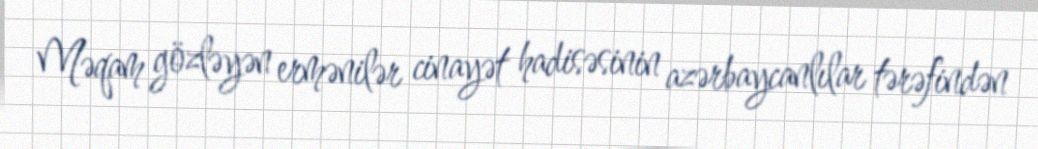
Məqam gözləyən ermənilər cinayət hadisəsinin azərbaycanlılar tərəfindən